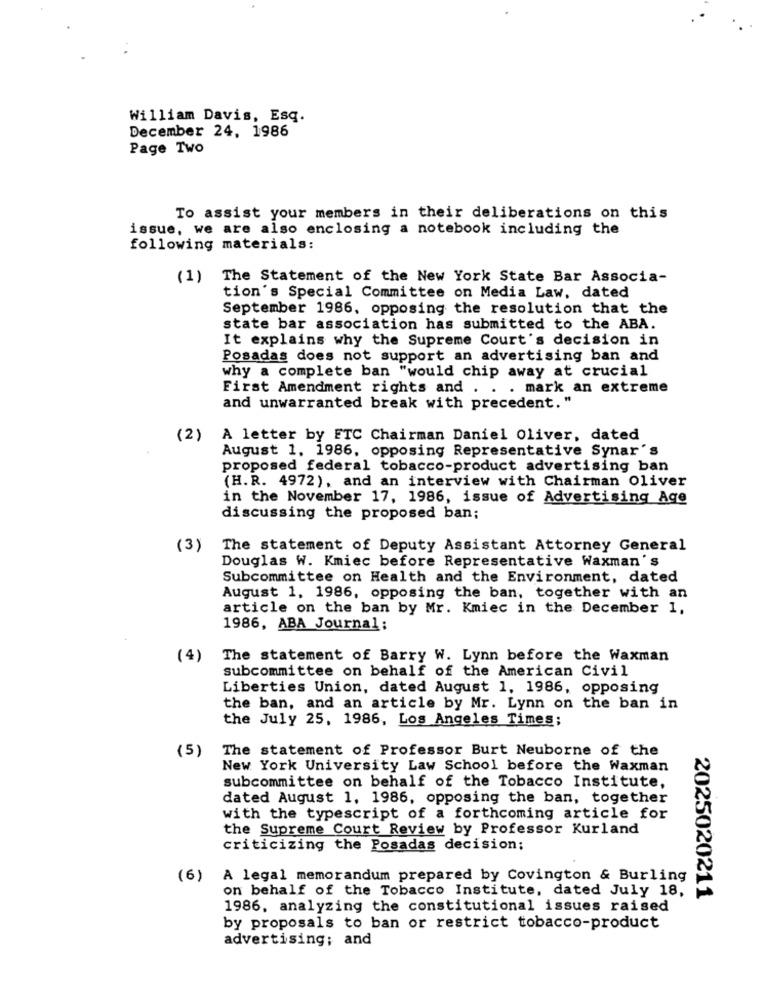
William Davis, Esq.
December 24, 1986
Page Two
To assist your members in their deliberations on this
issue, we are also enclosing a notebook including the
following materials:
(1)
The Statement of the New York State Bar Associa-
tion's Special Committee on Media Law, dated
September 1986, opposing the resolution that the
state bar association has submitted to the ABA.
It explains why the Supreme Court's decision in
Posadas does not support an advertising ban and
why a complete ban "would chip away at crucial
First Amendment rights and . . . mark an extreme
and unwarranted break with precedent. "
(2)
A letter by ETC Chairman Daniel Oliver, dated
August 1. 1986, opposing Representative Synar's
proposed federal tobacco-product advertising ban
(H.R. 4972), and an interview with Chairman Oliver
in the November 17, 1986, issue of Advertising Age
discussing the proposed ban;
(3)
The statement of Deputy Assistant Attorney General
Douglas W. Kmiec before Representative Waxman's
Subcommittee on Health and the Environment, dated
August 1, 1986, opposing the ban, together with an
article on the ban by Mr. Kmiec in the December 1,
1986, ABA Journal;
(4)
The statement of Barry W. Lynn before the Waxman
subcommittee on behalf of the American Civil
Liberties Union, dated August 1, 1986, opposing
the ban, and an article by Mr. Lynn on the ban in
the July 25, 1986, Los Angeles Times;
(5)
The statement of Professor Burt Neuborne of the
New York University Law School before the Waxman
subcommittee on behalf of the Tobacco Institute,
dated August 1. 1986, opposing the ban, together
with the typescript of a forthcoming article for
the Supreme Court Review by Professor Kurland
criticizing the Posadas decision;
(6)
A legal memorandum prepared by Covington & Burling
on behalf of the Tobacco Institute, dated July 18,
2025020211
1986, analyzing the constitutional issues raised
by proposals to ban or restrict tobacco-product
advertising; and